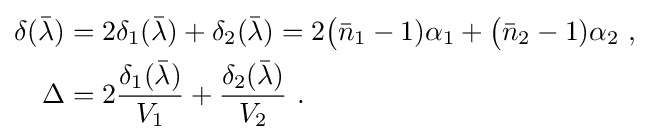
{\begin{aligned}\delta ({\bar {\lambda }})&=2\delta _{1}({\bar {\lambda }})+\delta _{2}({\bar {\lambda }})=2{\big (}{\bar {n}}_{1}-1)\alpha _{1}+{\big (}{\bar {n}}_{2}-1)\alpha _{2}\ ,\\\Delta &=2{\frac {\delta _{1}({\bar {\lambda }})}{V_{1}}}+{\frac {\delta _{2}({\bar {\lambda }})}{V_{2}}}\ .\end{aligned}}